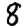
Digit: 8